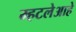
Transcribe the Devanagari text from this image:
म्हटलेआहे